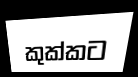
කුක්කට